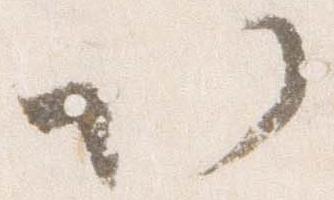
以